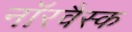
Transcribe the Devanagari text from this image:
नॉरवैस्क